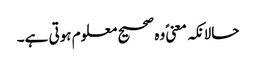
حالانکہ معنیً وہ صحیح معلوم ہوتی ہے۔